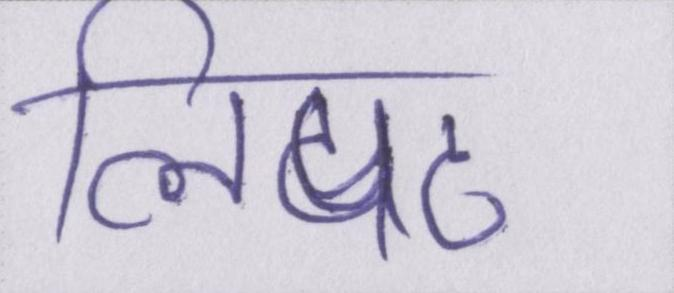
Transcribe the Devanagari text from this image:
लिपट